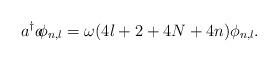
LaTeX: \begin{align*}a^\dagger a \!\! \phi_{n,l} = \omega (4l +2 +4 N +4n) \phi_{n,l} .\end{align*}